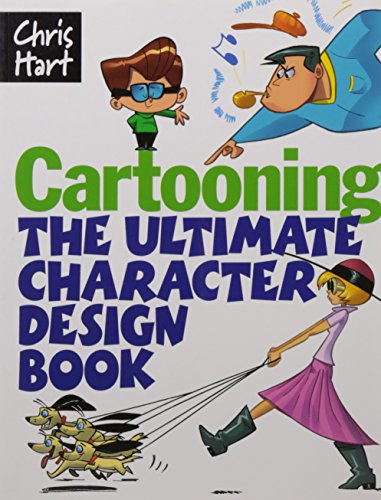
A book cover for Cartooning: The Ultimate Character Design Book; Christopher Hart; Comics & Graphic Novels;